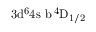
\mathrm { 3 d ^ { 6 } 4 s \ b \, ^ { 4 } D _ { 1 / 2 } }